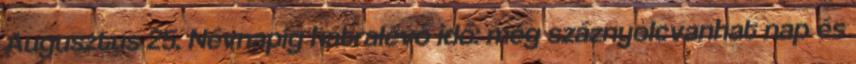
Augusztus 25. Névnapig hátralévő idő: még száznyolcvanhat nap és